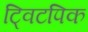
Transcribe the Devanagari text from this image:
ट्विटपिक